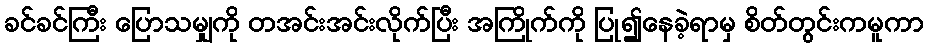
ခင်ခင်ကြီး ပြောသမျှကို တအင်းအင်းလိုက်ပြီး အကြိုက်ကို ပြု၍နေခဲ့ရာမှ စိတ်တွင်းကမူကာ